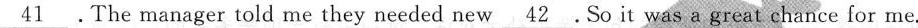
\underline{41} .The manager told me they needed new\underline{42} .So it was a great chance for me.